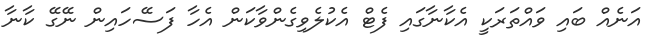
އަނެއް ބައި ވައްތަރަކީ އެކާނާގައި ފެޓް އެކުލެވިގެންވާކަން އެހާ ފަސޭހައިން ނޭގޭ ކާނާ